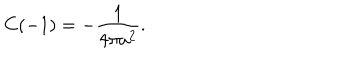
LaTeX: C ( - 1 ) = - \frac { 1 } { 4 \pi a ^ { 2 } } .